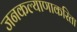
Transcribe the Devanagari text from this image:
जनकल्याणाकरिता